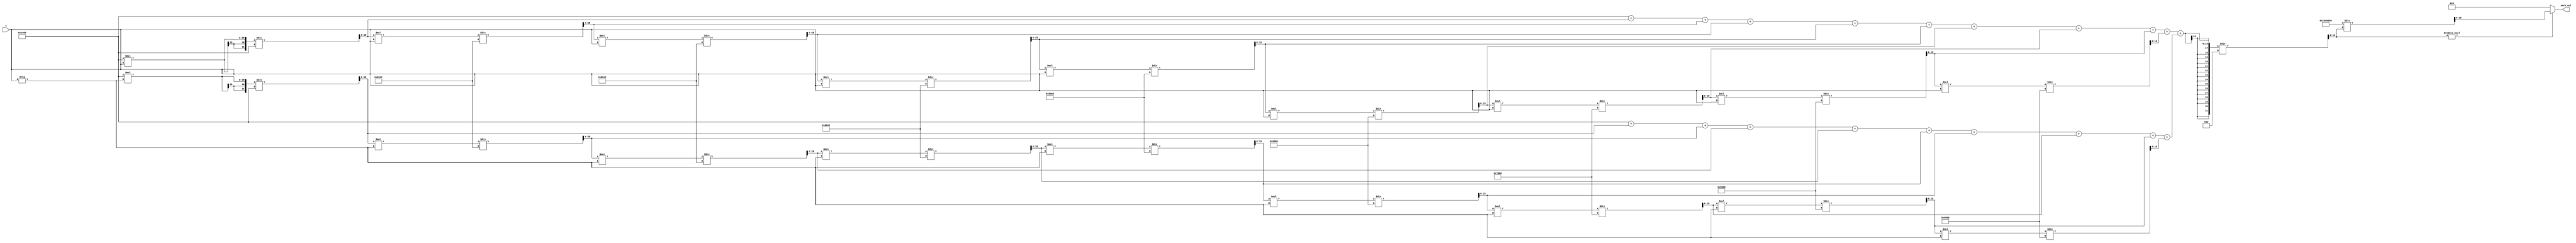
module hyperbolic_secant (
    input wire signed [15:0] x,     // Input value (16-bit signed fixed-point)
    output reg signed [15:0] sech_out // Output value (16-bit signed fixed-point)
);

    // Internal signals
    reg signed [15:0] exp_x;
    reg signed [15:0] exp_neg_x;
    reg signed [15:0] cosh_x;
    reg signed [15:0] cosh_x_inv;

    // Parameters for fixed-point representation
    parameter FIXED_POINT_FRACTIONAL_BITS = 12; // Number of fractional bits
    parameter FIXED_POINT_SCALE = 1 << FIXED_POINT_FRACTIONAL_BITS; // Scale factor

    // Function to compute e^x using Taylor series expansion
    function signed [15:0] exp_taylor;
        input signed [15:0] x;
        integer i;
        reg signed [15:0] term;
        reg signed [15:0] sum;
        begin
            sum = FIXED_POINT_SCALE; // e^0 = 1
            term = FIXED_POINT_SCALE; // First term x^0 / 0!
            for (i = 1; i < 10; i = i + 1) begin // 10 terms for approximation
                term = (term * x) / (i * FIXED_POINT_SCALE); // x^i / i!
                sum = sum + term; // Add term to sum
            end
            exp_taylor = sum;
        end
    endfunction

    // Always block for computation
    always @(*) begin
        // Compute e^x and e^-x
        exp_x = exp_taylor(x);
        exp_neg_x = exp_taylor(-x);

        // Compute cosh(x) = (e^x + e^-x) / 2
        cosh_x = (exp_x + exp_neg_x) / 2;

        // Compute sech(x) = 1 / cosh(x)
        if (cosh_x != 0) begin
            cosh_x_inv = (FIXED_POINT_SCALE << FIXED_POINT_FRACTIONAL_BITS) / cosh_x; // Fixed-point reciprocal
        end else begin
            cosh_x_inv = 0; // Handle division by zero (undefined)
        end

        // Assign output
        sech_out = cosh_x_inv;
    end

endmodule